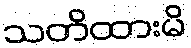
သတိထားမိ